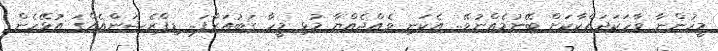
މީހުންނާ ވާހަކަދައްކާކަށް ބޭނުމެއްނުވޭ.. އެކަނި ވެއްޖެއްޔާ މުޅި މީހާ ގަބުއަރާފަ.. ޑިޕްރެޝަންއެއްގަ އުޅޭހެން